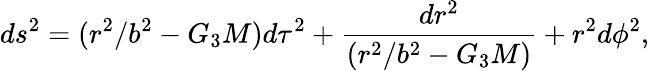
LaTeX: ds^{2}=(r^{2}/b^{2}-G_{3}M)d\tau^{2}+{\frac{dr^{2}}{(r^{2}/b^{2}-G_{3}M)}}+r^{2}d\phi^{2},